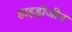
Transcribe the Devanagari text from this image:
हाइड्रोजीन